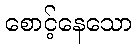
စောင့်နေသော